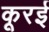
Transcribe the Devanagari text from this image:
कूरई